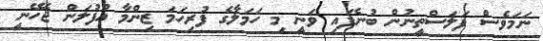
ނަމަވެސް ފަލަސްތީނުން ބުނެފައި ވަނީ މި ހަމަލާގެ ފުރިހަމަ ޒިންމާ އުފުލަން ޖެހޭނީ